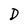
Character: D